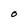
Character: O